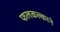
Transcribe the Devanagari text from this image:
फलकल्काने